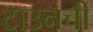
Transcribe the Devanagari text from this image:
टाउनची